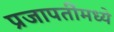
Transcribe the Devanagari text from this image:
प्रजापतींमध्ये